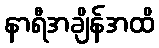
နာရီအချိန်အထိ